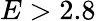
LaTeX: E>2.8